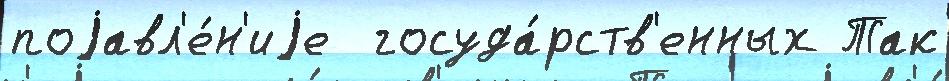
поjавл'е́н'иjе  госуда́рств'енных Так